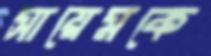
সায়েমকে